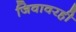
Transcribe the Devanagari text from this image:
जिवावरही